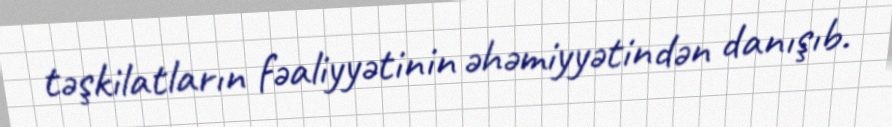
təşkilatların fəaliyyətinin əhəmiyyətindən danışıb.